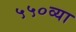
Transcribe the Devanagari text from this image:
५५०व्या